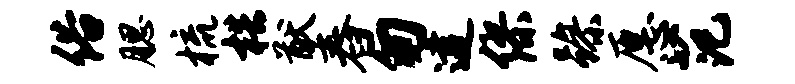
俗腮梳梏猷舂匆逮缪躁愿范